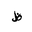
Letter: _za